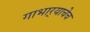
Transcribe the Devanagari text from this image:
गाभार्‍याचेच